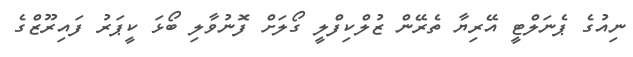
ނިއުގެ ޕެނަލްޓީ އޭރިޔާ ތެރޭން ޒުލްކިފްލީ ގޯލަށް ފޮނުވާލި ބޯޅަ ކީޕަރު ފައިރޫޒްގެ